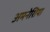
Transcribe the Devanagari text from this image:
अमनेशिया